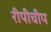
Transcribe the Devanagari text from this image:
रीपीचीप